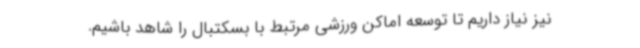
نیز نیاز داریم تا توسعه اماکن ورزشی مرتبط با بسکتبال را شاهد باشیم.